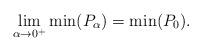
LaTeX: \begin{align*}\lim_{\alpha\rightarrow 0^+}\min(P_\alpha)=\min(P_0).\end{align*}